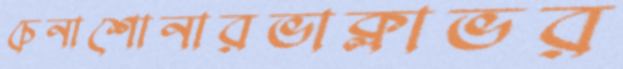
চেনাশোনারভাক্লাভর